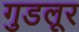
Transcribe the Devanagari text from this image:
गुडलूर